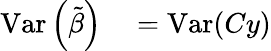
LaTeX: \begin{array}{rlrl}{\operatorname{Var}\left({\tilde{\beta}}\right)}&{{}=\operatorname{Var}(Cy)}\end{array}